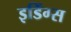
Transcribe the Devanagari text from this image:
इडिंग्स